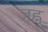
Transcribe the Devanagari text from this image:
जह्नु